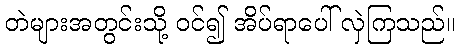
တဲများအတွင်းသို့ ဝင်၍ အိပ်ရာပေါ် လှဲကြသည်။